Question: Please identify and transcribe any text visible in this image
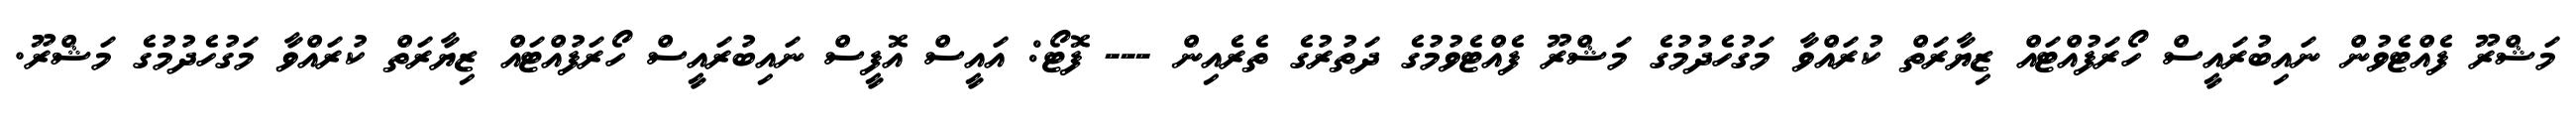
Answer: މަޝްރޫ ފެއްޓެވުން ނައިބުރައީސް ހޯރަފުއްޓައް ޒިޔާރަތް ކުރައްވާ މަގުހެދުމުގެ މަޝްރޫ ފެއްޓެވުމުގެ ދަތުރުގެ ތެރެއިން --- ފޮޓޯ: އައީސް އޮފީސް ނައިބުރައީސް ހޯރަފުއްޓައް ޒިޔާރަތް ކުރައްވާ މަގުހެދުމުގެ މަޝްރޫ.